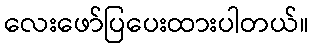
လေးဖော်ပြပေးထားပါတယ်။